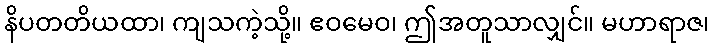
နိပတတိယထာ၊ ကျသကဲ့သို့။ ဧဝမေဝ၊ ဤအတူသာလျှင်။ မဟာရာဇ၊